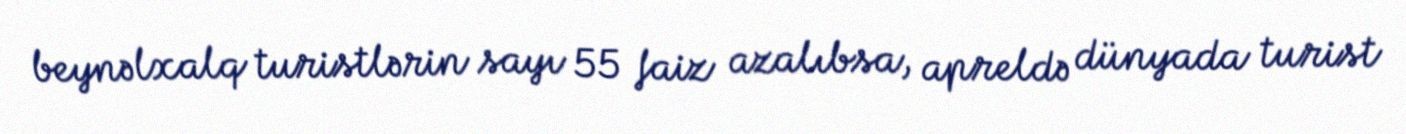
beynəlxalq turistlərin sayı 55 faiz azalıbsa, apreldə dünyada turist